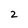
Character: 2